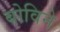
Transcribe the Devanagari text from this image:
बोविने